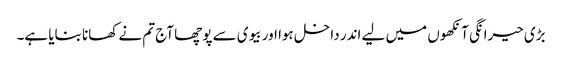
بڑی حیرانگی آنکھوں میں لیے اندر داخل ہوا اور بیوی سے پوچھا آج تم نے کھانا بنایا ہے۔